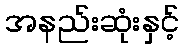
အနည်းဆုံးနှင့်